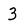
Character: 3